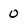
Character: 0